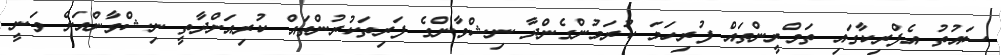
ސައުތު އެފްރިކާގައި ތަމްރީންތައް ފުރިހަމަ ކުރަމުންގެންދާ ނިޝްވާންގެ ފަރިތަކުރުންތައް ކުރިއަށްދާތީ ނިޝްވާންއަށް ވަނީ